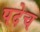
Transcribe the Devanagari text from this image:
पदेच